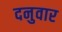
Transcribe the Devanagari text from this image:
दनुवार